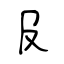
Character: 𠬝